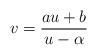
LaTeX: \begin{align*}v = \frac{au+b}{u-\alpha}\end{align*}